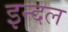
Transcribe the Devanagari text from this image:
इन्दल